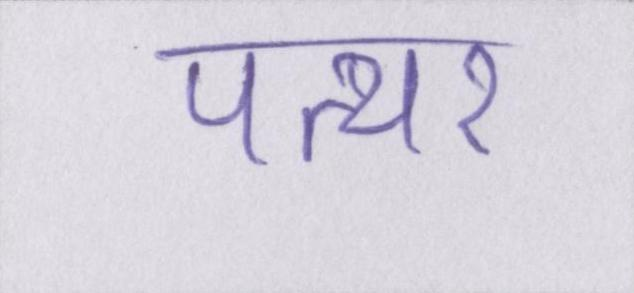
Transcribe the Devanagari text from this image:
पत्थर